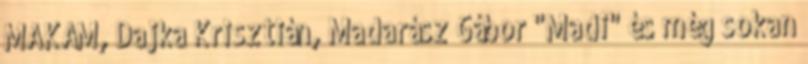
MAKÁM, Dajka Krisztián, Madarász Gábor "Madi" és még sokan